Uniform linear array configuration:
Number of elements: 64
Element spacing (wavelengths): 0.75
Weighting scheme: kaiser
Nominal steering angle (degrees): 45
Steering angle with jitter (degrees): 45.402
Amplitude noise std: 0.05
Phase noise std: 0.05

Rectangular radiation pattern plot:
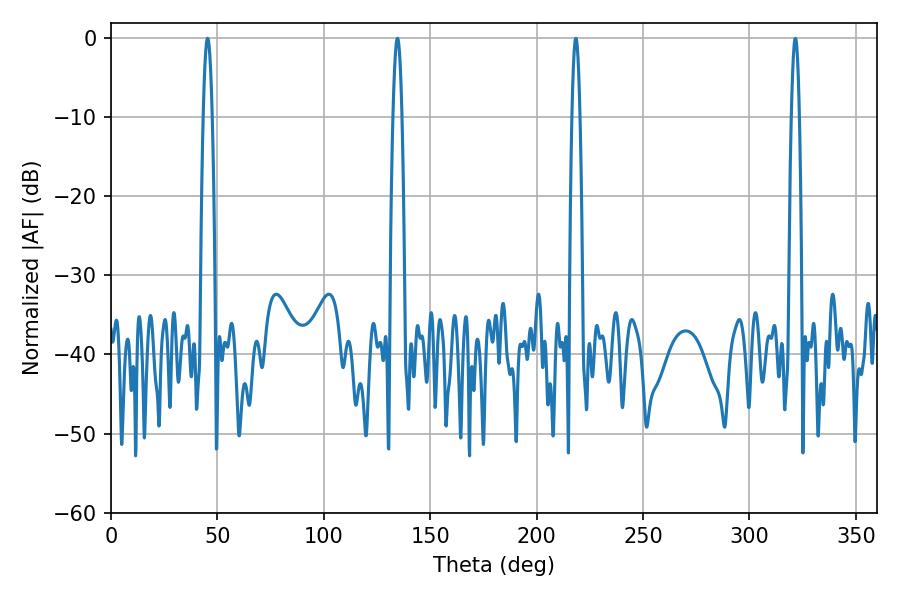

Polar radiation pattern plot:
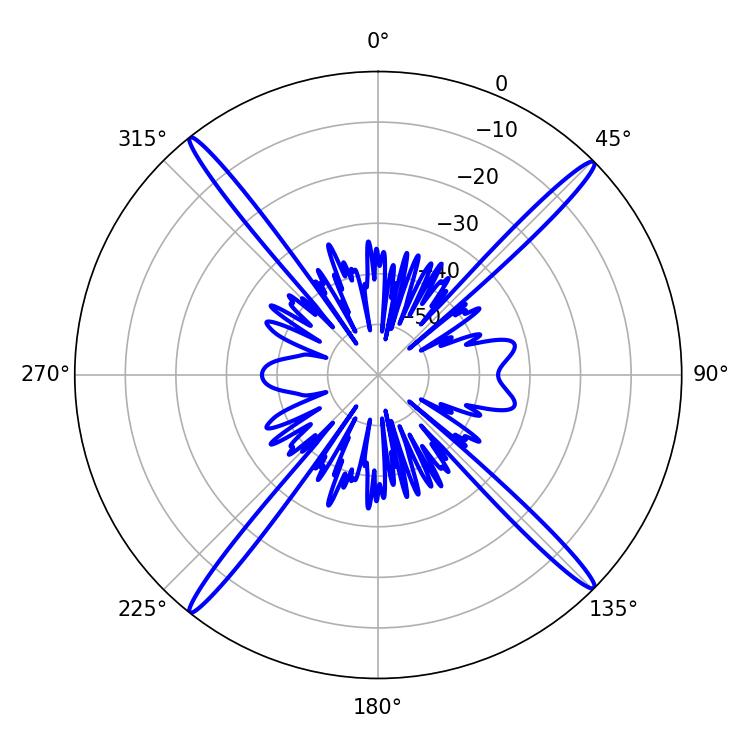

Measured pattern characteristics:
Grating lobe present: TRUE
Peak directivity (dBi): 21.592
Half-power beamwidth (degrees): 2.16
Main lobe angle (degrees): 45.36